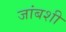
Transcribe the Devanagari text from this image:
जांबशी